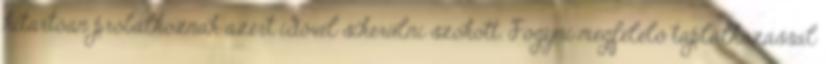
kitartóan próbálkoznak azért idővel sikerülni szokott. Fogyni megfelelő táplálkozással